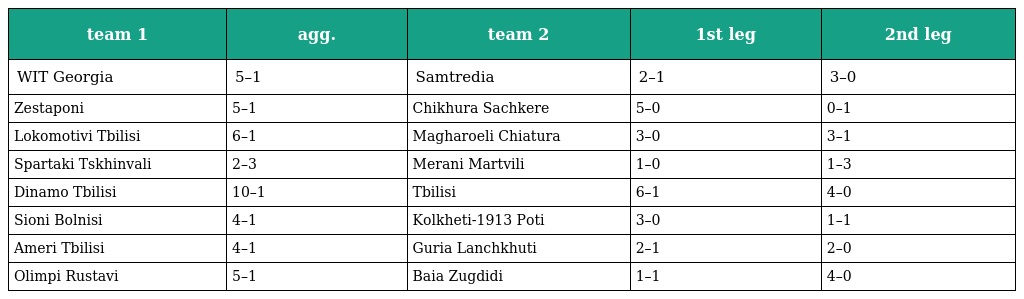
| team 1 | agg. | team 2 | 1st leg | 2nd leg |
 | --- | --- | --- | --- | --- |
 | WIT Georgia | 5–1 | Samtredia | 2–1 | 3–0 |
 | Zestaponi | 5–1 | Chikhura Sachkere | 5–0 | 0–1 |
 | Lokomotivi Tbilisi | 6–1 | Magharoeli Chiatura | 3–0 | 3–1 |
 | Spartaki Tskhinvali | 2–3 | Merani Martvili | 1–0 | 1–3 |
 | Dinamo Tbilisi | 10–1 | Tbilisi | 6–1 | 4–0 |
 | Sioni Bolnisi | 4–1 | Kolkheti-1913 Poti | 3–0 | 1–1 |
 | Ameri Tbilisi | 4–1 | Guria Lanchkhuti | 2–1 | 2–0 |
 | Olimpi Rustavi | 5–1 | Baia Zugdidi | 1–1 | 4–0 |